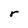
Character: r